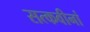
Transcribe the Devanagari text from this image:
सत्कवीनां